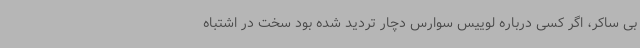
بی ساکر، اگر کسی درباره لوییس سوارس دچار تردید شده بود سخت در اشتباه